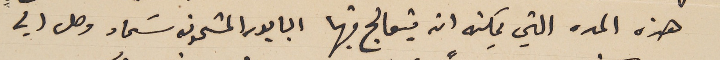
هذه المده التي يمكنه ان يتعالج فيها البابور المشحون سَماد وصل الي